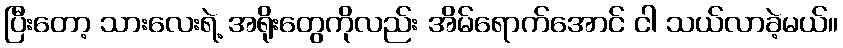
ပြီးတော့ သားလေးရဲ့ အရိုးတွေကိုလည်း အိမ်ရောက်အောင် ငါ သယ်လာခဲ့မယ်။